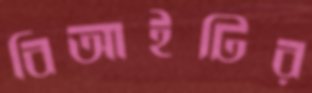
বিআইটির